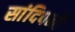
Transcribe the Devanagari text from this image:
सांदिपनी